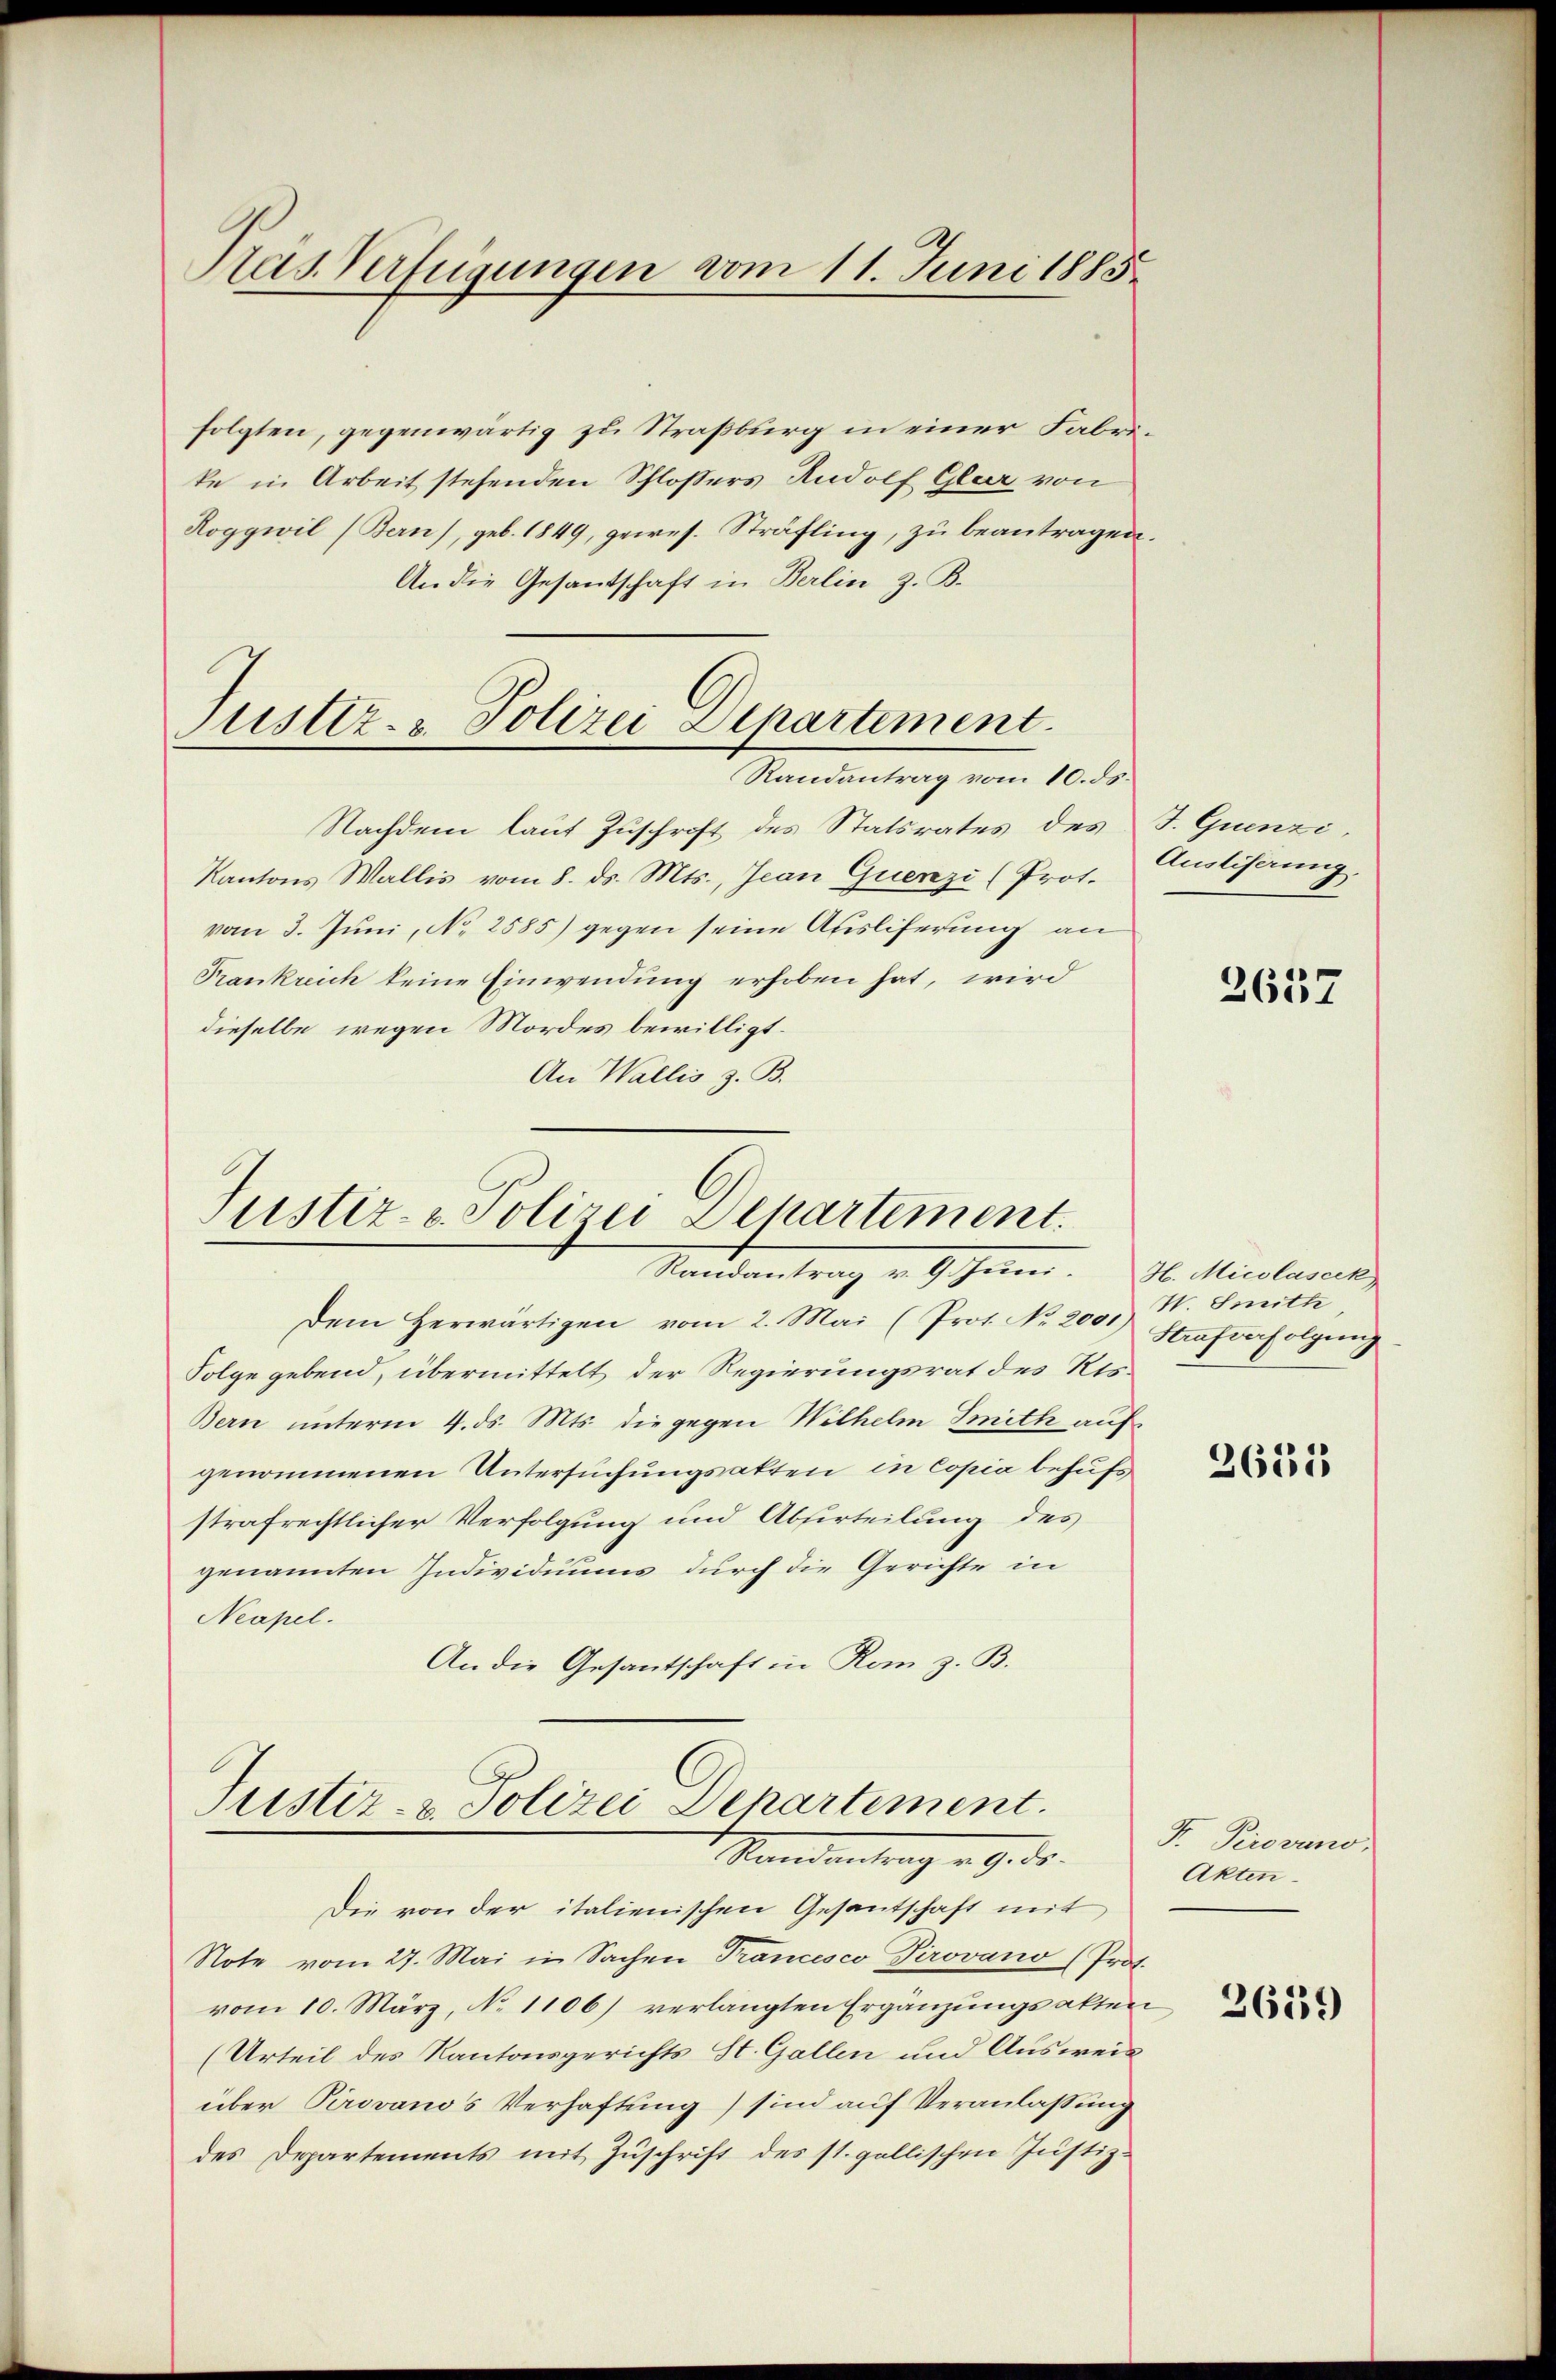
Nas Verfügungen vom 11. Juni 1885

folgten, gegenwärtig zu Straßburg in einer Fabrike in Arbeit stehenden Schlossers Rudolf Glur von
Roggwil (Bern), geb. 1849, gewes. Sträfling, zu beantragen.
An die Gesantschaft in Berlin z. B.

Nachdem laut Zuschrift des Statsrates des
Kantons Wallis vom 8. ds. Mts., Jean Quenzi (Prot.
vom 3. Juni, No. 2585) gegen seine Ausliferung an
Trankreich keine Einwendung erhoben hat, wird
dieselbe wegen Mordes bewilligt.
An Wallis z. B.

Justiz- & Polizei Departement.
Randantrag vom 10. ds.

Justiz- & Polizei Departement.
Mandantrag v. Geheim.

Dem Herwärtigen vom 2. Mai (Prot. No. 200, W. Smith
Folge gebend, übermittelt der Regierungsrat des Res¬
Bern unterm 4. ds. Mts. die gegen Wilhelm Smith aufgenommenen Untersuchungsakten in Copia behufs
strafrechtlicher Verfolgung und Abferteilung des
genannten Individuums durch die Gerichte in
Neapel.
An die Gesantschaft in Rom z. B.

Justiz- & Polizei Departement.
1 Mandantung v. 9. d.

J. Quenzi
Ausliserung.

3637

H. Micolaseck
Strafverfolgung

Die von der italienischen Gesantschaft mit
Note vom 27. Mai in Sachen Trancesco Pirovano (Prot.
vom 10. März, N. 1106) verlangten Ergänzungsakten
(Urteil des Kantonsgerichts St. Gallen und Ausweis
über Perovanos Verhaftung) sind auf Veranlassung
des Departements mit Zuschrift des st. gallischen Justiz-

2681

F. Perovano,
Akten.

2619)